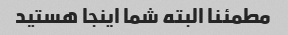
مطمئنا البته شما اینجا هستید